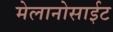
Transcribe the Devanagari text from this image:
मेलानोसाईट